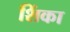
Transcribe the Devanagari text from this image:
शिंका